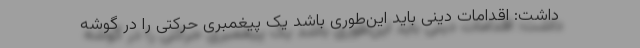
داشت: اقدامات دینی باید این‌طوری باشد یک پیغمبری حرکتی را در گوشه